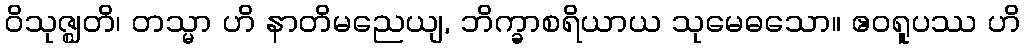
ဝိသုဇ္ဈတိ၊ တသ္မာ ဟိ နာတိမညေယျ, ဘိက္ခာစရိယာယ သုမေဓသော။ ဧဝရူပဿ ဟိ